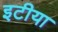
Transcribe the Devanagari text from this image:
इटीया